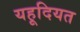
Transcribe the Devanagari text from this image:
यहूदियत